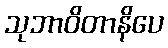
သုဘာဝိတာနိပေ